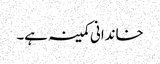
خاندانی کمینہ ہے۔